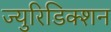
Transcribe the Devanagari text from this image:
ज्युरिडिक्शन